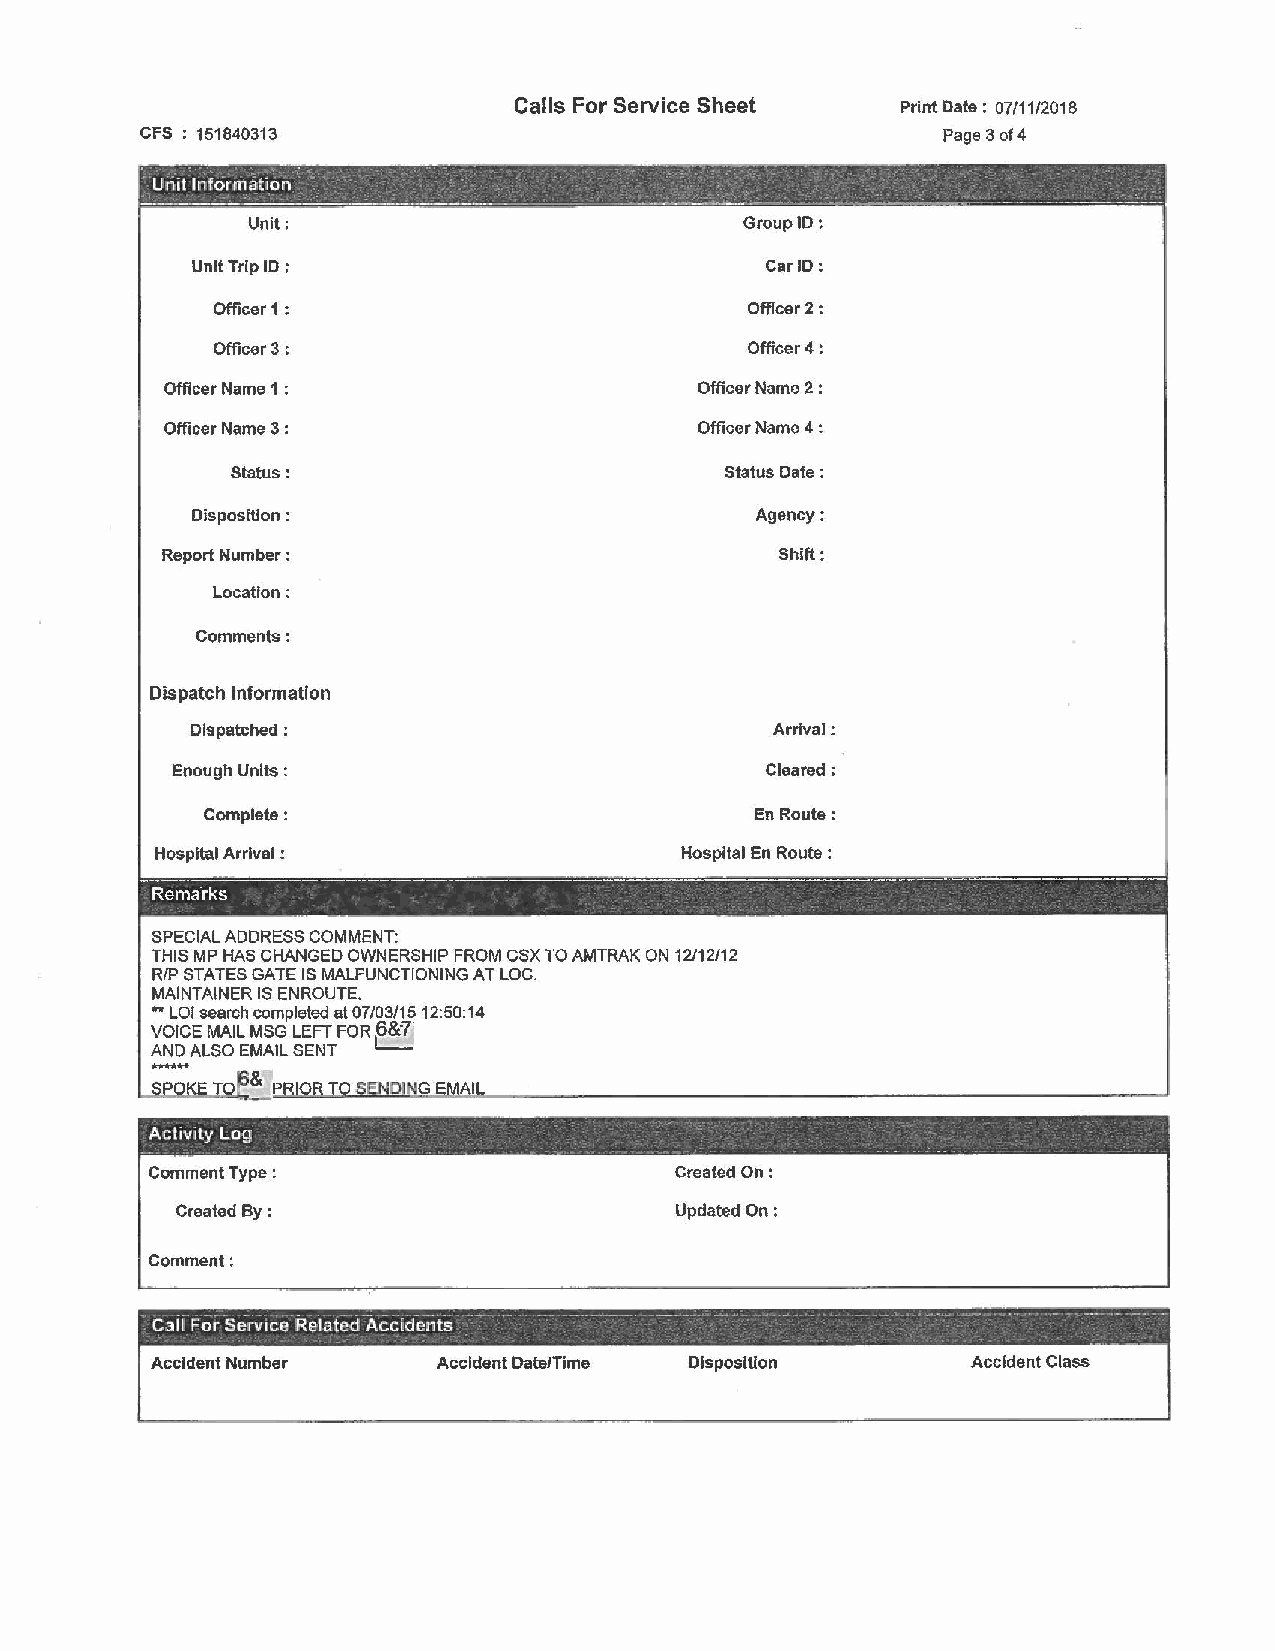
Calls For Service Sheet   Prlnt Date: 07/11/2018
 CFS : 151840313                                      Page 3of4
 Unit;                            Group ID:
 Unit Trip ID :                        Car ID:
 Officer 1 :                        Officer 2:
 Officer 3:                         Officer 4:
 Officer Name 1 :                   Officer Name 2 :
 Officer Name 3 :                   Officer Name 4 :
 Status:                          Status Date :
 Disposition :                        Agency:
 Report Number :                          Shift:
 Location:
 Comments:
 Dispatch Information
 Dispatched :                          Arrival:
 Enough Units :                          Cleared:
 Complete:                            En Route:
 Hospital Arrival :                 Hospital En Route :
 ---
 -------------------------------------·-----·      - -----------
 Remarks
 SPECIAL ADDRESS COMMENT:
 THIS MP HAS CHANGED OWNERSHIP FROM CSX TO AMTRAK ON 12/12/12
 RIP STATES GATE IS MALFUNCTIONING AT LOC.
 MAINTAINER IS ENROUTE.
 _
 *" LOI search completed al 07/03/15 12:50:14
 VOICE MAIL MSG LEFT FOR p&-7
 ...
 AND ALSO EMAIL SENT
 SPOKE TO ~:.P.:R1.:.1la0.::::.R1..:...T:.:O:~==a:..:..1.:.11..l:U:::....- --------------~----------__,
 -      .    .
 Activity Log                                        ·
 --         ~.          - ~ . ' ' . ~ -      -  -  - ·-- --
 Comment Type ;                     Created On:
 Created By:                      Updated On:
 Comment:
 Accfrfonts. --· ·- --- ------ --- ---·. - . --. ---- . - -' .. -. - - . . .. . .. -. --- - -- --
 - caii.ForServ1c€d<e .iated
 Accident Number    Accldent Date/Time Disposition     Accident Class